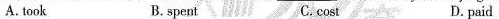
A.took B. spent C.cost D. paid